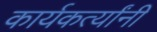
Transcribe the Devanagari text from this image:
कार्यकर्त्‍यांनी